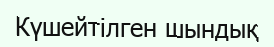
Күшейтілген шындық